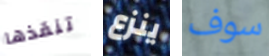
تنقذها ينزع سوف